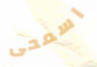
اسمحى